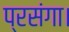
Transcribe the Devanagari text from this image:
प्रसंगा।